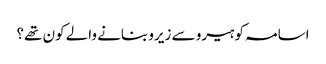
اسامہ کو ہیرو سے زیرو بنانے والے کون تھے؟